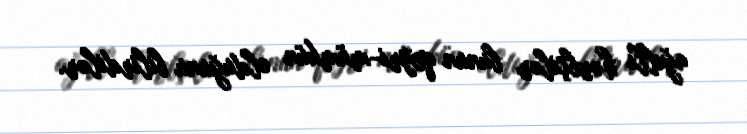
ağıllı hərbçilər bunun qeyri-mümkün olduğunu bilirdilər.